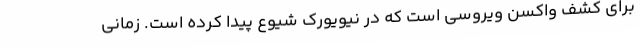
برای کشف واکسن ویروسی است که در نیویورک‌ شیوع پیدا کرده است. زمانی